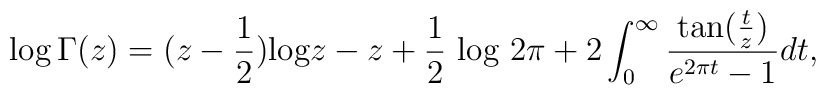
\log \Gamma(z) = (z - {1 \over 2}) \hbox{log} z - z + {1 \over 2} \hbox{ log\ }2 \pi + 2 \int_{0}^{\infty} {{\hbox{tan}({t \over z})} \over {e^{2 \pi t} - 1}} dt,